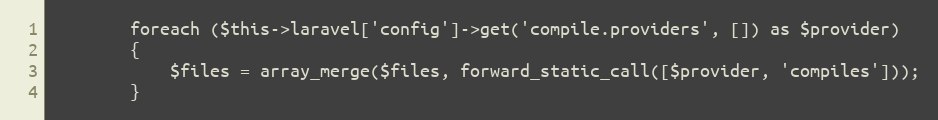
Language: PHP
		foreach ($this->laravel['config']->get('compile.providers', []) as $provider)
		{
			$files = array_merge($files, forward_static_call([$provider, 'compiles']));
		}